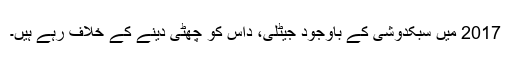
2017 میں سبکدوشی کے باوجود جیٹلی، داس کو چھٹی دینے کے خلاف رہے ہیں۔